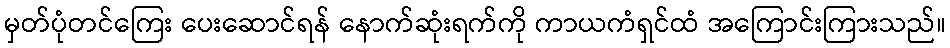
မှတ်ပုံတင်ကြေး ပေးဆောင်ရန် နောက်ဆုံးရက်ကို ကာယကံရှင်ထံ အကြောင်းကြားသည်။